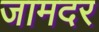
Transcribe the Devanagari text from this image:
जामदर